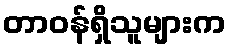
တာဝန်ရှိသူများက